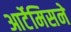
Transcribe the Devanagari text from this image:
आर्टेमिसने